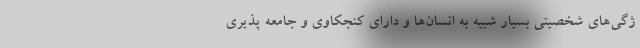
ژگی‌های شخصیتی بسیار شبیه به انسان‌ها و دارای کنجکاوی و جامعه پذیری